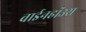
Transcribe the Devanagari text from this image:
वाईनहॉउस